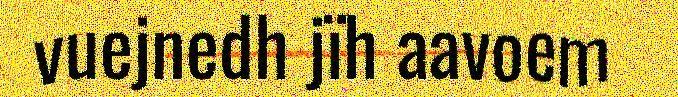
vuejnedh jïh aavoem